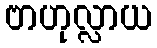
ဗာဟုလ္လာယ